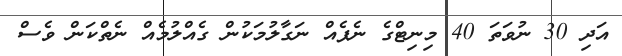
އަދި 30 ނުވަތަ 40 މިނިޓްގެ ނެޕެއް ނަގާލުމަކުން ގެއްލުމެއް ނެތްކަން ވެސް